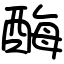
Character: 酶